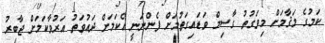
ކަމުގެ މަޤާމަށް މިވަގުތު ގާސިމް ވަޑައިގަތުމަށް ފެންނަނީ އެކަމަށް ދައުވަތު އަރުވާކަމަށް ޖާބިރު